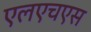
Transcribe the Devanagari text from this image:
एलएचएस